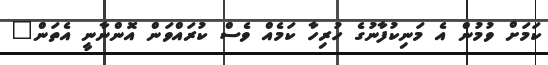
ކަމަށް ވުމުން އެ މަނިކުފާނުގެ ހުރިހާ ކަމެއް ވެސް ކުރައްވަން އޮންނާނީ އެތަން"